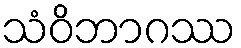
သံဝိဘာဂဿ